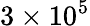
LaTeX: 3\times 10^{5}